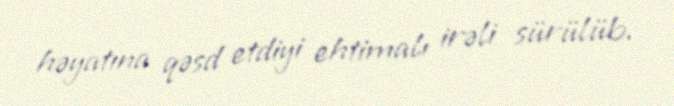
həyatına qəsd etdiyi ehtimalı irəli sürülüb.